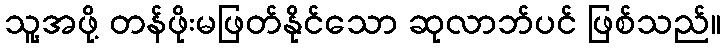
သူ့အဖို့ တန်ဖိုးမဖြတ်နိုင်သော ဆုလာဘ်ပင် ဖြစ်သည်။